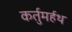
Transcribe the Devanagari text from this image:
कर्तुमर्हथ